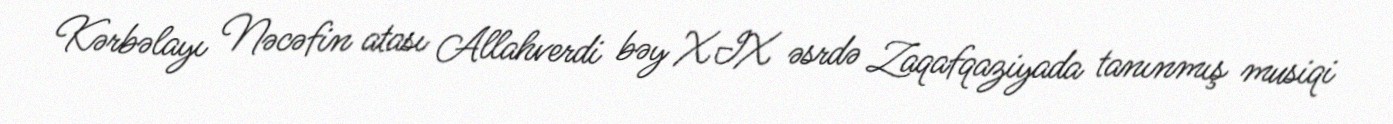
Kərbəlayı Nəcəfin atası Allahverdi bəy XIX əsrdə Zaqafqaziyada tanınmış musiqi